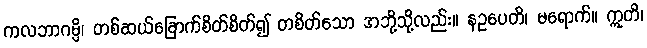
ကလဘာဂမ္ပိ၊ တစ်ဆယ်ခြောက်စိတ်စိတ်၍ တစိတ်သော အဘို့သို့လည်း။ နဥပေတိ၊ မရောက်။ ဣတိ၊